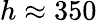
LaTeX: h\approx 350